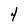
Character: 4